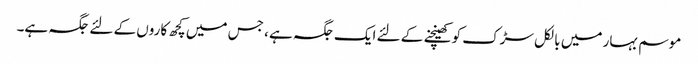
موسم بہار میں بالکل سڑک کو کھینچنے کے لئے ایک جگہ ہے ، جس میں کچھ کاروں کے لئے جگہ ہے۔